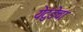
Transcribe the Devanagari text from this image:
येटुंडेचा